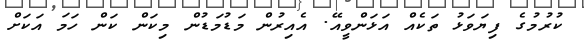
ކުރުމުގެ ފިޔަވަޅު ތަކެއް އަޅަންވީއޭ. އެއިރުން މަޑުމަޑުން މިކަން ކަން ހަމަ އަކަށް